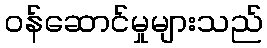
ဝန်ဆောင်မှုများသည်